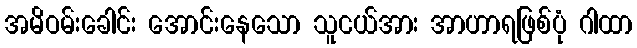
အမိဝမ်းခေါင်း အောင်းနေသော သူငယ်အား အာဟာရဖြစ်ပုံ ဂါထာ